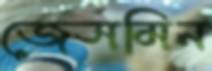
জেসমিন